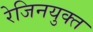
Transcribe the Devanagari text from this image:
रेजिनयुक्त